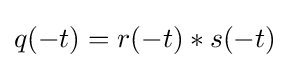
q(-t)=r(-t)*s(-t)